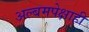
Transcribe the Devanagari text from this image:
अल्बमपेक्षाही